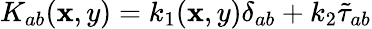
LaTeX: K_{ab}(\mathbf{x},y)=k_{1}(\mathbf{x},y)\delta_{ab}+k_{2}{\tilde{{\tau}}}_{ab}